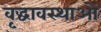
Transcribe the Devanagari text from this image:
वृद्धावस्थाओं